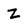
Character: Z